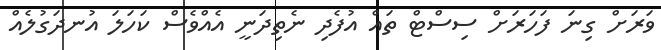
ވަރަށް ގިނަ ފަހަރަށް ސިސްޓް ތައް އުފެދި ނެތިދަނީ އެއްވެސް ކަހަލަ އުނދަގުލެއް